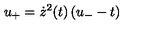
u _ { + } = \dot { z } ^ { 2 } ( t ) \left( u _ { - } - t \right)